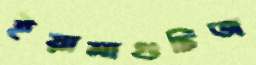
ইয়ামাগুচিজ